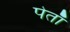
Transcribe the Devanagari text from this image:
पेताँ